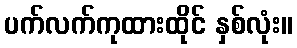
ပက်လက်ကုထားထိုင် နှစ်လုံး။